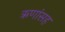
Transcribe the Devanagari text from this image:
ऋणांसह